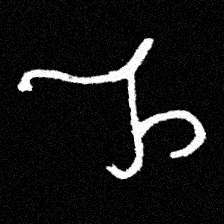
Pyu character \u2014 Myanmar letter: ည (romanized: nya)